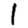
Digit: 1